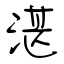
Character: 湛